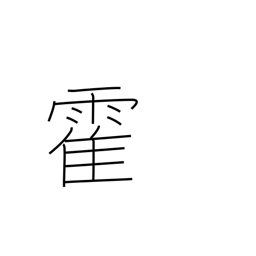
Meaning: sudden